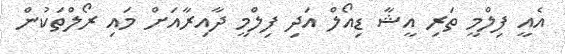
އެއީ ފިލްމީ ތަރި އީޝާ ޑިއޯލް އަދި ފިލްމީ ދާއިރާއަށް މައި ރޯލްތަކުން